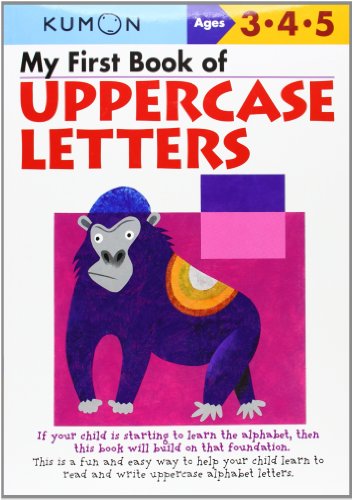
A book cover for My First Book Of Uppercase Letters (Kumon Workbooks); Kumon; Test Preparation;